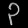
Digit: ၃